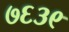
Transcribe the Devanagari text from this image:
७६३९